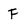
Character: F